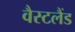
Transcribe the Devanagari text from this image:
वैस्टलैंड